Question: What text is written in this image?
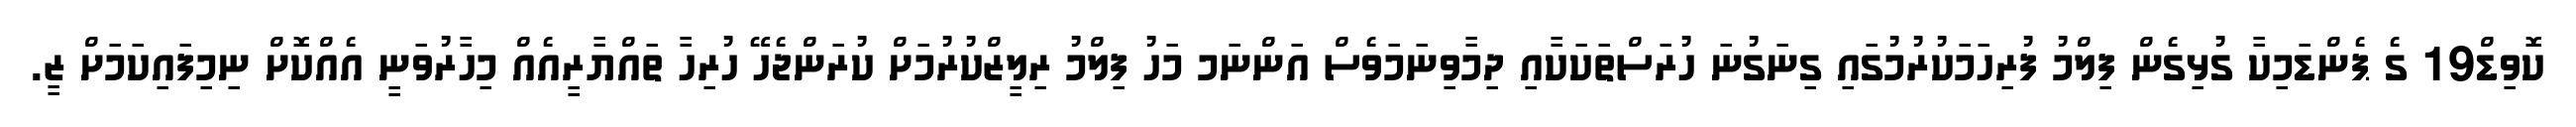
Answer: ކޮވިޑް19 ގެ ޕެންޑަމިކާ ގުޅިގެން ފިލްމު ފުރިހަމަކުރުމުގައި ގިނަގުނަ ހުރަސްތަކަކާއި ދިމާވިނަމަވެސް އަންނަމ މަހު ފިލްމު ރިލީޒްކުރުމަށް ކުރަންޖެހޭ ހުރިހާ ތައްޔާރީއެއް މިހާރުވަނީ އެއްކޮށް ނިމިފައިކަމަށް ޒީ.